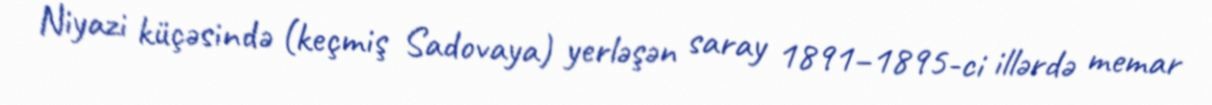
Niyazi küçəsində (keçmiş Sadovaya) yerləşən saray 1891–1895-ci illərdə memar